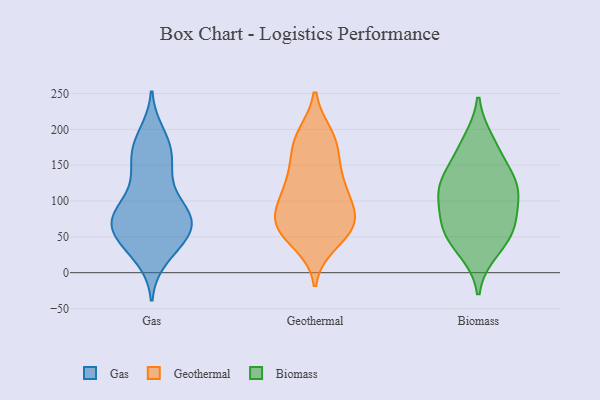
{"axis": {"x": "Latency (ms)", "y": "Value"}, "legend": ["Biomass", "Gas", "Geothermal"], "data": [{"x": "", "y": 22, "type": "Gas"}, {"x": "", "y": 172, "type": "Gas"}, {"x": "", "y": 52, "type": "Gas"}, {"x": "", "y": 80, "type": "Gas"}, {"x": "", "y": 140, "type": "Gas"}, {"x": "", "y": 172, "type": "Gas"}, {"x": "", "y": 192, "type": "Gas"}, {"x": "", "y": 36, "type": "Gas"}, {"x": "", "y": 66, "type": "Gas"}, {"x": "", "y": 75, "type": "Gas"}, {"x": "", "y": 78, "type": "Gas"}, {"x": "", "y": 73, "type": "Gas"}, {"x": "", "y": 176, "type": "Gas"}, {"x": "", "y": 85, "type": "Gas"}, {"x": "", "y": 144, "type": "Gas"}, {"x": "", "y": 46, "type": "Gas"}, {"x": "", "y": 75, "type": "Gas"}, {"x": "", "y": 83, "type": "Gas"}, {"x": "", "y": 42, "type": "Gas"}, {"x": "", "y": 121, "type": "Gas"}, {"x": "", "y": 177, "type": "Geothermal"}, {"x": "", "y": 190, "type": "Geothermal"}, {"x": "", "y": 122, "type": "Geothermal"}, {"x": "", "y": 74, "type": "Geothermal"}, {"x": "", "y": 192, "type": "Geothermal"}, {"x": "", "y": 57, "type": "Geothermal"}, {"x": "", "y": 106, "type": "Geothermal"}, {"x": "", "y": 83, "type": "Geothermal"}, {"x": "", "y": 118, "type": "Geothermal"}, {"x": "", "y": 72, "type": "Geothermal"}, {"x": "", "y": 92, "type": "Geothermal"}, {"x": "", "y": 41, "type": "Geothermal"}, {"x": "", "y": 62, "type": "Geothermal"}, {"x": "", "y": 177, "type": "Geothermal"}, {"x": "", "y": 143, "type": "Geothermal"}, {"x": "", "y": 52, "type": "Geothermal"}, {"x": "", "y": 72, "type": "Geothermal"}, {"x": "", "y": 138, "type": "Geothermal"}, {"x": "", "y": 67, "type": "Biomass"}, {"x": "", "y": 46, "type": "Biomass"}, {"x": "", "y": 105, "type": "Biomass"}, {"x": "", "y": 169, "type": "Biomass"}, {"x": "", "y": 136, "type": "Biomass"}, {"x": "", "y": 71, "type": "Biomass"}, {"x": "", "y": 122, "type": "Biomass"}, {"x": "", "y": 31, "type": "Biomass"}, {"x": "", "y": 63, "type": "Biomass"}, {"x": "", "y": 183, "type": "Biomass"}, {"x": "", "y": 116, "type": "Biomass"}, {"x": "", "y": 119, "type": "Biomass"}]}